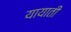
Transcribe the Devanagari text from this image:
यायाती